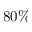
8 0 \%